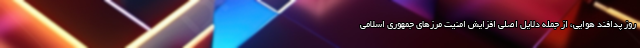
روز پدافند هوایی، از جمله دلایل اصلی افزایش امنیت مرزهای جمهوری اسلامی